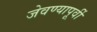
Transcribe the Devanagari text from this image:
जेवण्यापूर्वी